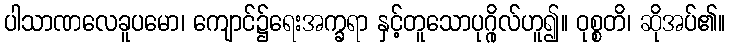
ပါသာဏလေခူပမော၊ ကျောင်၌ရေးအက္ခရာ နှင့်တူသောပုဂ္ဂိုလ်ဟူ၍။ ဝုစ္စတိ၊ ဆိုအပ်၏။